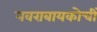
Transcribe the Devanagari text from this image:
नवराबायकोचीं